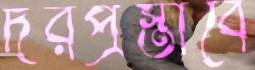
দরপ্রস্তাবে